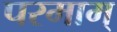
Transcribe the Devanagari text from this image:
परमाम्